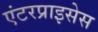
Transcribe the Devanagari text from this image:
एंटरप्राइसेस